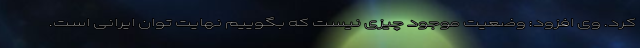
کرد. وی افزود: وضعیت موجود چیزی نیست که بگوییم نهایت توان ایرانی است.